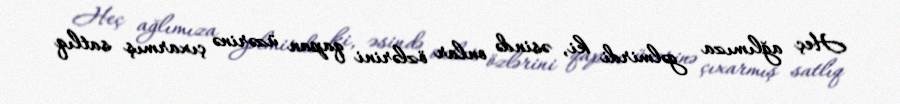
Heç ağlımıza gəlmirdi ki, əsində onlar özlərini qapan üzərinə çıxarmış satlıq